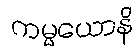
ကမ္မယောနိ